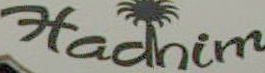
Hadhim